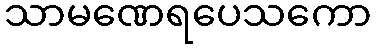
သာမဏေရပေသကော